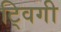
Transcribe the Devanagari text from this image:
ट्विगी